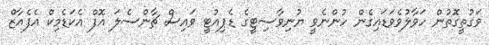
ވަގުތީގޮތުން ހަވާލުވެވަޑައިގެން ހުންނެވީ ޔުނިވާސިޓީގެ ޑެޕިއުޓީ ވައިސް ޗާންސެލަ އޮފް އެކަޑެމިކް އެފެއާޒް